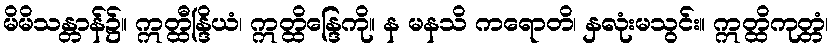
မိမိသန္တာန်၌။ ဣတ္ထီန္ဒြိယံ၊ ဣတ္ထိန္ဒြေကို။ န မနသိ ကရောတိ၊ နှလုံးမသွင်း။ ဣတ္ထိကုတ္တံ၊